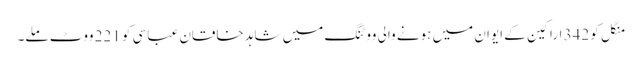
منگل کو 342 اراکین کے ایوان میں ہونے والی ووٹنگ میں شاہد خاقان عباسی کو 221 ووٹ ملے۔